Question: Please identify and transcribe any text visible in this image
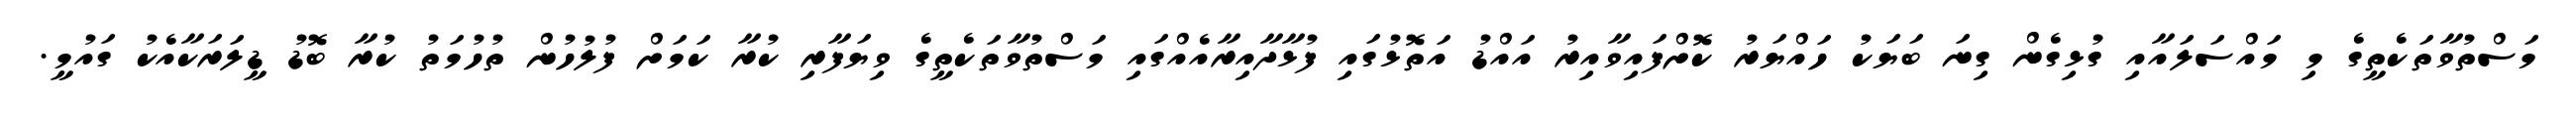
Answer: މަސްތުވާތަކެތީގެ މި މައްސަލައާއި ގުޅިގެން ގިނަ ބަޔަކު ހައްޔަރު ކޮށްފައިވާއިރު އައްޑު އަތޮޅުގައި ފުޅާދާއިރާއެއްގައި މަސްތުވާތަކެތީގެ ވިޔަފާރި ކުރާ ކަމަށް ފުލުހުން ތުހުމަތު ކުރާ ބޮޑު ޑީލަރަކާއެކު ގައުމީ.